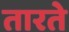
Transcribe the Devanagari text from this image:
तारते